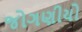
જોગણીયો